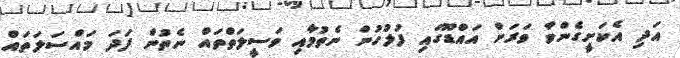
އަދި އެކަށީގެންވާ ވަރަށް އައްޑޫގައި ފުލުހުން ނެތުމާއި ވަސީލަތްތައް ނެތުން ފަދަ މައްސަލަތައް